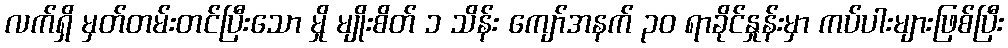
လက်ရှိ မှတ်တမ်းတင်ပြီးသော မှို မျိုးစိတ် ၁ သိန်း ကျော်အနက် ၃၀ ရာခိုင်နှုန်းမှာ ကပ်ပါးများဖြစ်ပြီး